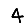
Digit: 4